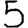
Digit: 5